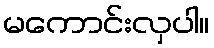
မကောင်းလှပါ။